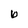
Character: b